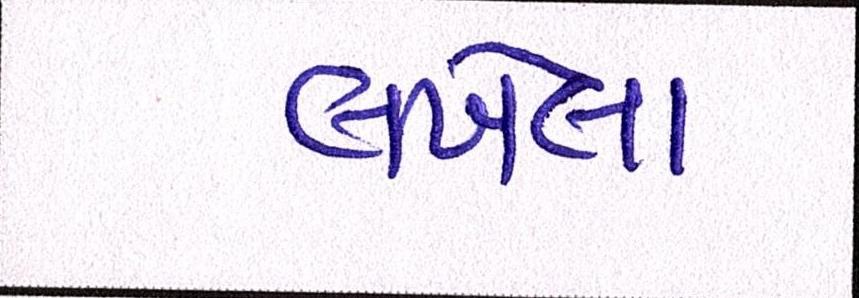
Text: લખેલા